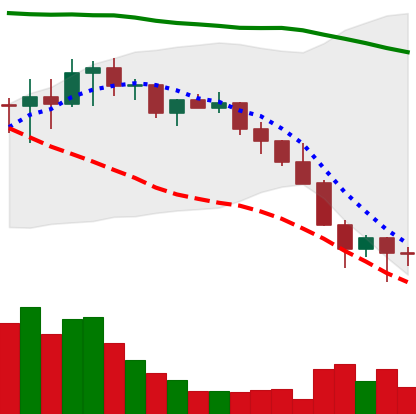
Ticker: LINK-USD
Chart end date: 2022-01-25
Forward return: 14.434%
Label: up_7plus